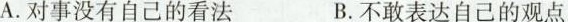
A.对事没有自己的看法 B.不敢表达自己的观点